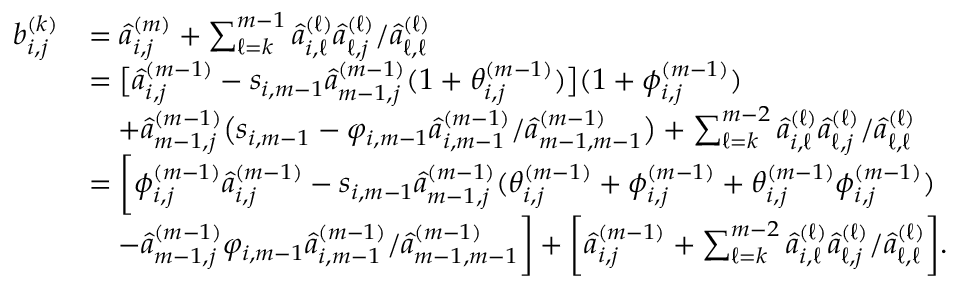
\begin{array} { r l } { b _ { i , j } ^ { ( k ) } } & { = \hat { a } _ { i , j } ^ { ( m ) } + \sum _ { \ell = k } ^ { m - 1 } \hat { a } _ { i , \ell } ^ { ( \ell ) } \hat { a } _ { \ell , j } ^ { ( \ell ) } / \hat { a } _ { \ell , \ell } ^ { ( \ell ) } } \\ & { = \big [ \hat { a } _ { i , j } ^ { ( m - 1 ) } - s _ { i , m - 1 } \hat { a } _ { m - 1 , j } ^ { ( m - 1 ) } ( 1 + \theta _ { i , j } ^ { ( m - 1 ) } ) \big ] ( 1 + \phi _ { i , j } ^ { ( m - 1 ) } ) } \\ & { \quad + \hat { a } _ { m - 1 , j } ^ { ( m - 1 ) } \big ( s _ { i , m - 1 } - \varphi _ { i , m - 1 } \hat { a } _ { i , m - 1 } ^ { ( m - 1 ) } / \hat { a } _ { m - 1 , m - 1 } ^ { ( m - 1 ) } \big ) + \sum _ { \ell = k } ^ { m - 2 } \hat { a } _ { i , \ell } ^ { ( \ell ) } \hat { a } _ { \ell , j } ^ { ( \ell ) } / \hat { a } _ { \ell , \ell } ^ { ( \ell ) } } \\ & { = \bigg [ \phi _ { i , j } ^ { ( m - 1 ) } \hat { a } _ { i , j } ^ { ( m - 1 ) } - s _ { i , m - 1 } \hat { a } _ { m - 1 , j } ^ { ( m - 1 ) } ( \theta _ { i , j } ^ { ( m - 1 ) } + \phi _ { i , j } ^ { ( m - 1 ) } + \theta _ { i , j } ^ { ( m - 1 ) } \phi _ { i , j } ^ { ( m - 1 ) } ) } \\ & { \quad - \hat { a } _ { m - 1 , j } ^ { ( m - 1 ) } \varphi _ { i , m - 1 } \hat { a } _ { i , m - 1 } ^ { ( m - 1 ) } / \hat { a } _ { m - 1 , m - 1 } ^ { ( m - 1 ) } \bigg ] + \bigg [ \hat { a } _ { i , j } ^ { ( m - 1 ) } + \sum _ { \ell = k } ^ { m - 2 } \hat { a } _ { i , \ell } ^ { ( \ell ) } \hat { a } _ { \ell , j } ^ { ( \ell ) } / \hat { a } _ { \ell , \ell } ^ { ( \ell ) } \bigg ] . } \end{array}